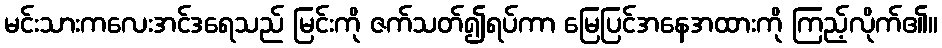
မင်းသားကလေးအင်ဒရေသည် မြင်းကို ဇက်သတ်၍ရပ်ကာ မြေပြင်အနေအထားကို ကြည့်လိုက်၏။